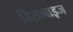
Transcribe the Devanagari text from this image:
डिसगाइज